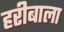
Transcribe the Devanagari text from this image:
हरीबाला